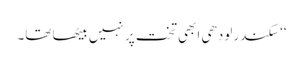
‘‘ سکندر لودھی ابھی تخت پر نہیں بیٹھا تھا۔